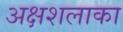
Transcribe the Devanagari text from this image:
अक्षशलाका